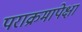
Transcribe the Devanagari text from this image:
पराक्रमापेक्षा